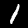
Label: 1